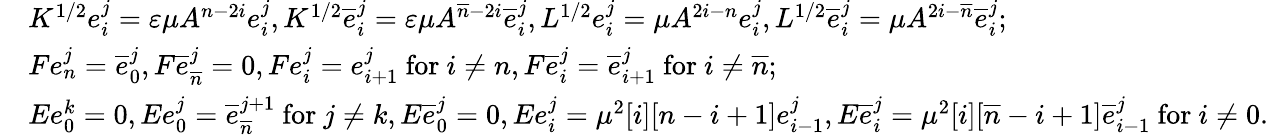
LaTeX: \begin{array}{rl}&{K^{1/2}e_{i}^{j}=\varepsilon\mu A^{n-2i}e_{i}^{j},K^{1/2}\overline{{e}}_{i}^{j}=\varepsilon\mu A^{\overline{{n}}-2i}\overline{{e}}_{i}^{j},L^{1/2}e_{i}^{j}=\mu A^{2i-n}e_{i}^{j},L^{1/2}\overline{{e}}_{i}^{j}=\mu A^{2i-\overline{{n}}}\overline{{e}}_{i}^{j};}\\ &{Fe_{n}^{j}=\overline{{e}}_{0}^{j},F\overline{{e}}_{\overline{{n}}}^{j}=0,Fe_{i}^{j}=e_{i+1}^{j}\mathrm{~for~}i\neq n,F\overline{{e}}_{i}^{j}=\overline{{e}}_{i+1}^{j}\mathrm{~for~}i\neq\overline{{n}};}\\ &{Ee_{0}^{k}=0,Ee_{0}^{j}=\overline{{e}}_{\overline{{n}}}^{j+1}\mathrm{~for~}j\neq k,E\overline{{e}}_{0}^{j}=0,Ee_{i}^{j}=\mu^{2}[i][n-i+1]e_{i-1}^{j},E\overline{{e}}_{i}^{j}=\mu^{2}[i][\overline{{n}}-i+1]\overline{{e}}_{i-1}^{j}\mathrm{~for~}i\neq 0.}\end{array}